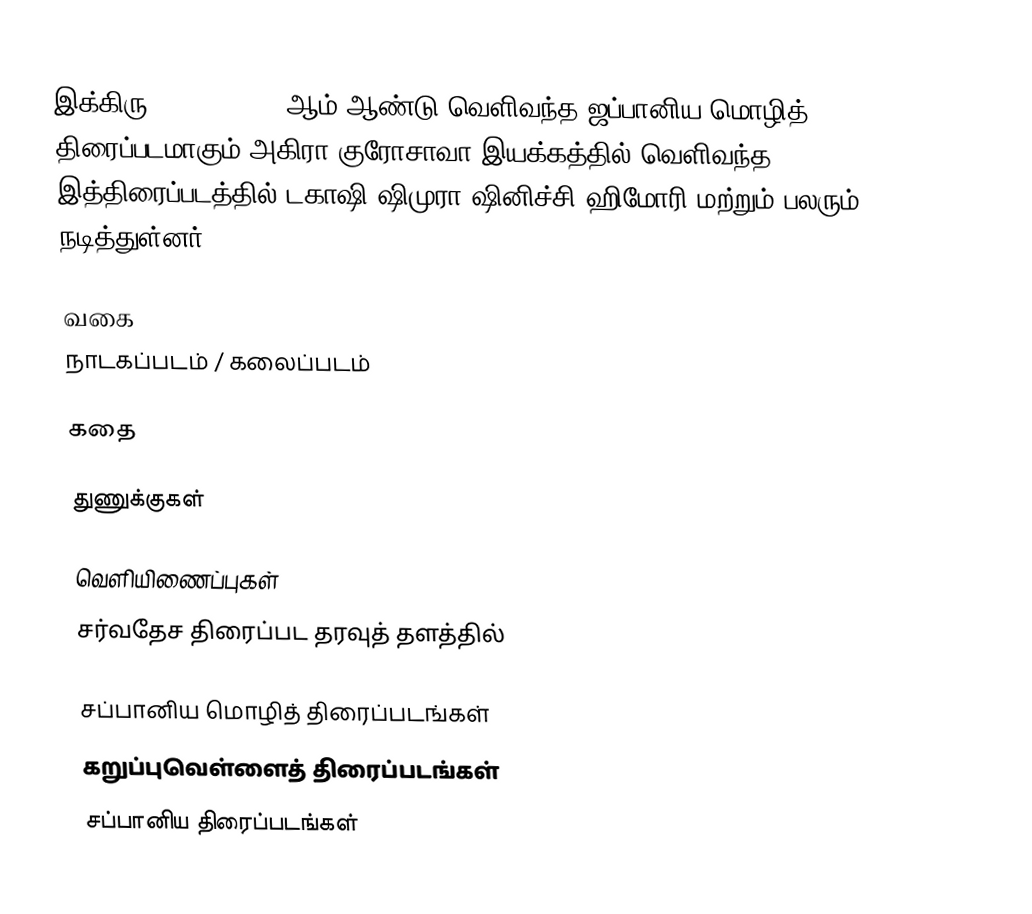
இக்கிரு (Ikiru) 1952 ஆம் ஆண்டு வெளிவந்த ஜப்பானிய மொழித் திரைப்படமாகும்.அகிரா குரோசாவா இயக்கத்தில் வெளிவந்த இத்திரைப்படத்தில் டகாஷி ஷிமுரா,ஷினிச்சி ஹிமோரி மற்றும் பலரும் நடித்துள்னர்.

வகை
நாடகப்படம் / கலைப்படம்

கதை

துணுக்குகள்

வெளியிணைப்புகள்
சர்வதேச திரைப்பட தரவுத் தளத்தில்

சப்பானிய மொழித் திரைப்படங்கள்
கறுப்புவெள்ளைத் திரைப்படங்கள்
சப்பானிய திரைப்படங்கள்